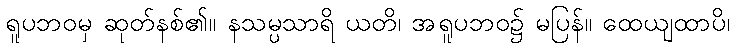
ရူပဘဝမှ ဆုတ်နစ်၏။ နသမ္ပသာရိ ယတိ၊ အရူပဘဝ၌ မပြန်။ ထေယျထာပိ၊